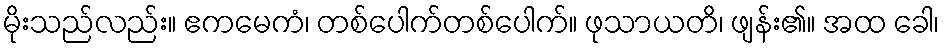
မိုးသည်လည်း။ ဧကမေကံ၊ တစ်ပေါက်တစ်ပေါက်။ ဖုသာယတိ၊ ဖျန်း၏။ အထ ခေါ၊